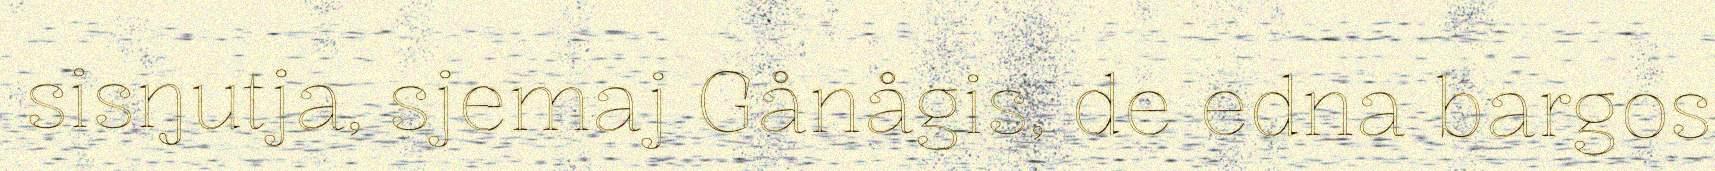
sisŋutja, sjemaj Gånågis, de edna bargos